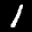
Label: 1